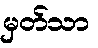
မှတ်သာ